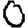
Digit: 0